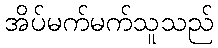
အိပ်မက်မက်သူသည်